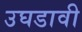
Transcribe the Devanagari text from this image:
उघडावी